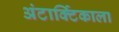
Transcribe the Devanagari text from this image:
अंटार्क्टिकाला